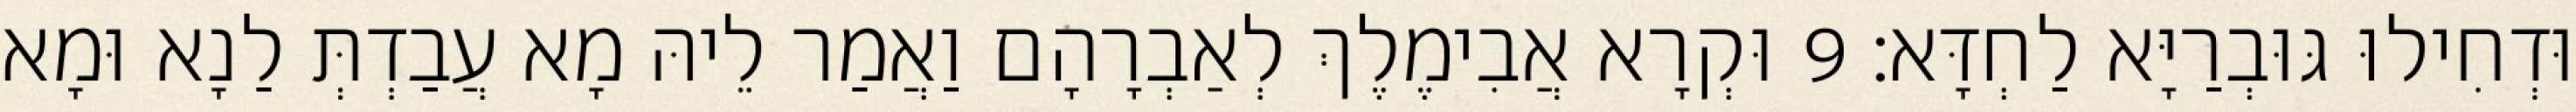
וּדְחִילוּ גּוּבְרַיָּא לַחְדָּא׃ 9 וּקְרָא אֲבִימֶלֶךְ לְאַבְרָהָם וַאֲמַר לֵיהּ מָא עֲבַדְתְּ לַנָא וּמָא